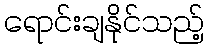
ရောင်းချနိုင်သည့်